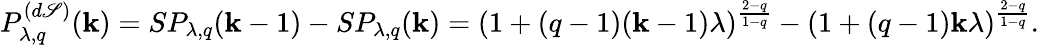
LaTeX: P_{\lambda,q}^{(d\mathscr{S})}(\mathbf{k})=SP_{\lambda,q}(\mathbf{k}-1)-SP_{\lambda,q}(\mathbf{k})=(1+(q-1)(\mathbf{k}-1)\lambda)^{\frac{{2-q}}{{1-q}}}-(1+(q-1)\mathbf{k}\lambda)^{\frac{{2-q}}{{1-q}}}.